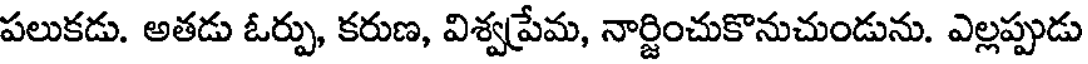
పలుకడు. అతడు ఓర్పు, కరుణ, విశ్వప్రేమ, నార్జించుకొనుచుండును. ఎల్లప్పుడు